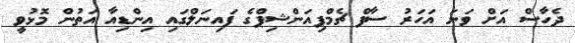
ދެހާސް އަށް ވަނަ އަހަރު ސާފް ޗެމްޕިއަންޝިޕްގެ ފައިނަލްގައި އިންޑިއާ އަތުން މޮޅުވީ